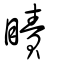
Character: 瞔